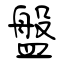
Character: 盤